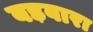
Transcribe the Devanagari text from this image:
बड़वारा